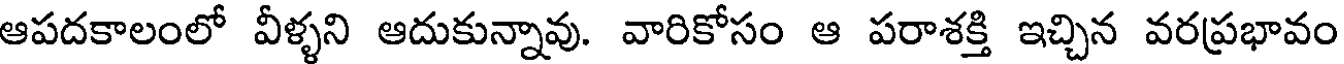
ఆపదకాలంలో వీళ్ళని ఆదుకున్నావు. వారికోసం ఆ పరాశక్తి ఇచ్చిన వరప్రభావం